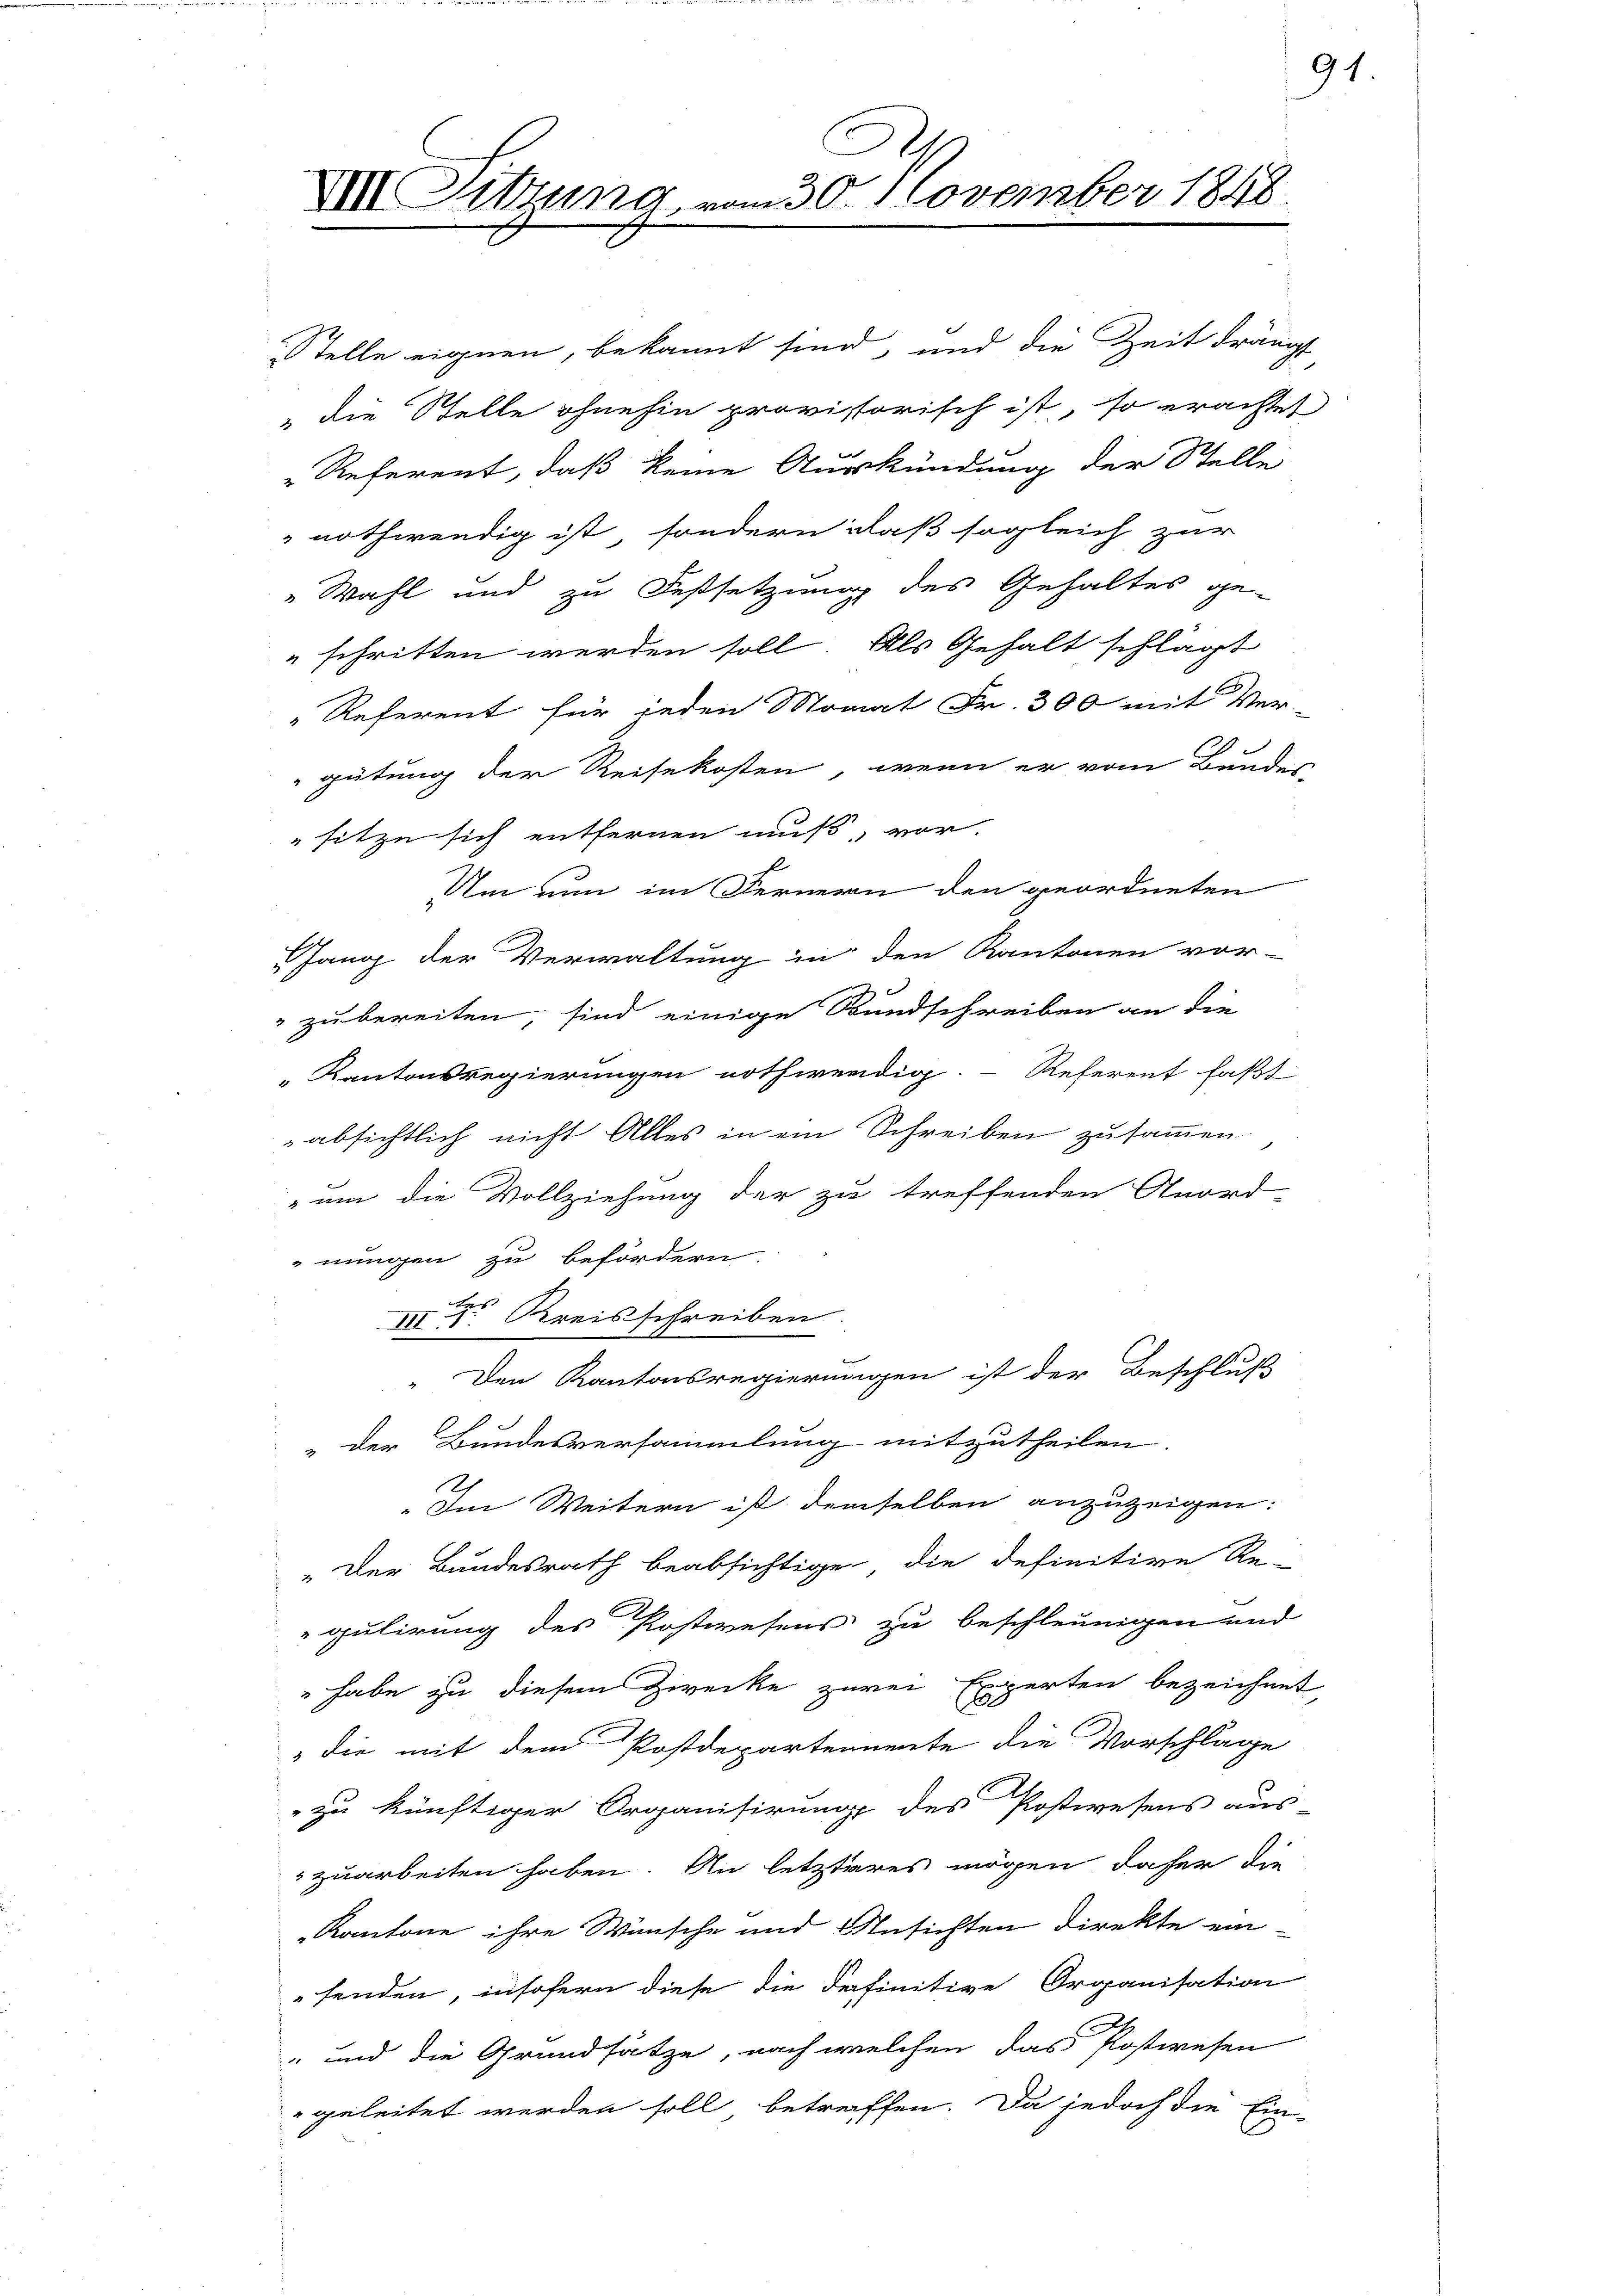
XIII. Sitzung vom 30. November 1848

Stelle eignen, bekannt sind, und die Zeit drängt
" die Stelle ohnehin provisorisch ist, so erachtet
Referent, daß keine Auskündung der Stelle
nothwendig ist, sondern daß sogleich zur
"Wahl und zu Festsetzung des Gehaltes ge-
" schritten werden soll. Als Gehalt schlägt
"Referent für jeden Monat Fr. 300 mit Ver-
gütung der Reisekosten, wenn er vom Bunden
sitze sich entfernen muß, vor.
Um nun im Fernern den geordneten
Gang der Verwaltung in den Kantonen vor-
" zu bereiten, sind einige Bundschreiben an die
Kantonsregierungen nothwendig. Referent faßt
absichtlich nicht Alles in ein Schreiben zusammen.
um die Vollziehung der zu treffenden Anord-
nungen zu befördern.
III 1. Kreisschreiben.
Den Kantonsregierungen ist der Beschluß
" der Bundesversammlung mitzutheilen.
Ah
Im Weitern ist demselben anzuzeigen.
" Der Bundesrath beabsichtige, die definitive Re-
gulirung des Postwesens zu beschleunigen und
" habe zu diesem Zwecke zwei Experten bezeichnet,
" die mit dem Postdepartemente die Vorschläge
zu künftiger Organisirung des Postwesens aus-
zuarbeiten haben. An letzteres mögen daher die
Kantone ihre Wünsche und Ansichten Direkte ein-
fenden, insofern diese die definitive Organisation
" und die Grundsätze, nach welchen das Postwesen
geleitet werden soll betreffen. Da jedoch die Ein-

91.